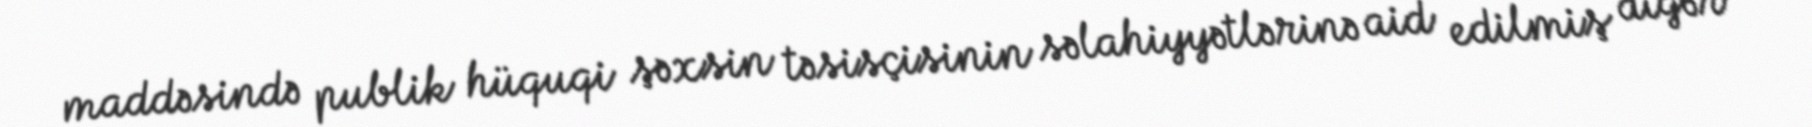
maddəsində publik hüquqi şəxsin təsisçisinin səlahiyyətlərinə aid edilmiş digər